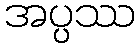
အပ္ပဿ